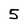
Character: 5